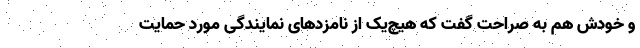
و خودش هم به صراحت گفت که هیچ‌یک از نامزد‌های نمایندگی مورد حمایت